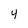
Character: 4